Scottish Leaving Certificate Examination, 1954
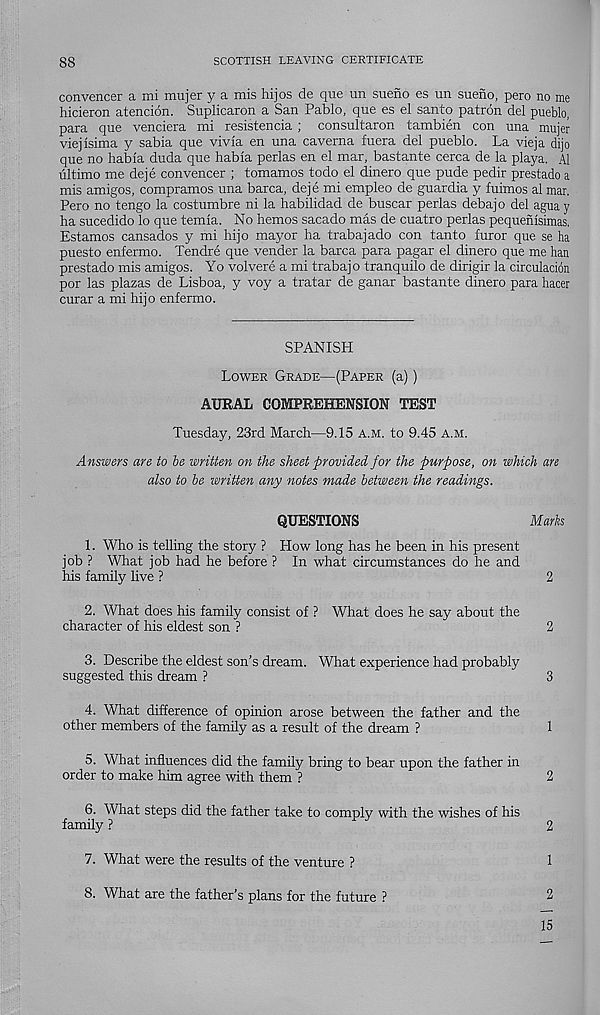
88
SCOTTISH LEAVING CERTIFICATE
convencer a mi mujer y a mis hips de que un sueno es un sueno, pero no me
hicieron atencion. Suplicaron a San Pablo, que es el santo patron del pueblo,
para que venciera mi resistencia; consultaron tambien con una mujer
viejisima y sabia que vivia en una caverna fuera del pueblo. La vieja dijo
que no habla duda que habla perlas en el mar, bastante cerca de la playa. A1
ultimo me deje convencer ; tomamos todo el dinero que pude pedir prestado a
mis amigos, compramos una barca, deje mi empleo de guardia y fuimos al mar.
Pero no tengo la costumbre ni la habilidad de buscar perlas debajo del aguay
ha sucedido lo que temia. No hemos sacado mas de cuatro perlas pequenisimas.
Estamos cansados y mi hijo mayor ha trabajado con tanto furor que se ha
puesto enfermo. Tendre que vender la barca para pagan el dinero que me han
prestado mis amigos. Yo volvere a mi trabajo tranquilo de dirigir la circulation
por las plazas de Lisboa, y voy a tratar de ganar bastante dinero para hacer
curar a mi hijo enfermo.
SPANISH
Lower Grade—(Paper (a))
AURAL COMPREHENSION TEST
Tuesday, 23rd March—9.15 a.m. to 9.45 a.m.
Answers are to be written on the sheet provided for the purpose, on which are
also to be written any notes made between the readings.
QUESTIONS
Marks
1. Who is telling the story ? How long has he been in his present
job ? What job had he before ? In what circumstances do he and
his family live ?
2
2. What does his family consist of ? What does he say about the
character of his eldest son ?
2
3. Describe the eldest son's dream. What experience had probably
suggested this dream ?
3
4. What difference of opinion arose between the father and the
other members of the family as a result of the dream ?
1
5. What influences did the family bring to bear upon the father in
order to make him agree with them ?
2
6. What steps did the father take to comply with the wishes of his
family ?
2
7. What were the results of the venture ?
1
8. What are the father’s plans for the future ?
2
15